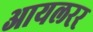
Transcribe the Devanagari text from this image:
आयलरर